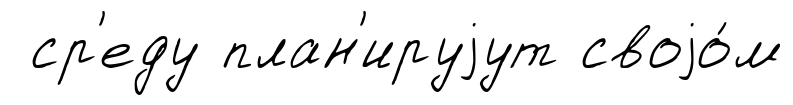
ср'еду план'ируjут своjо́м